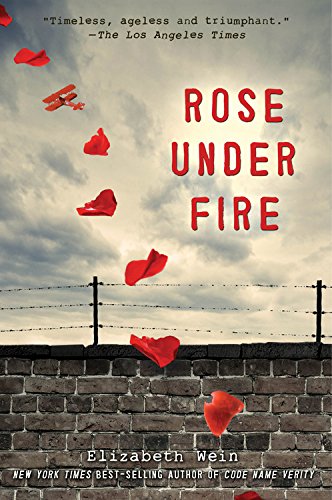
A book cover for Rose Under Fire; Elizabeth Wein; Teen & Young Adult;